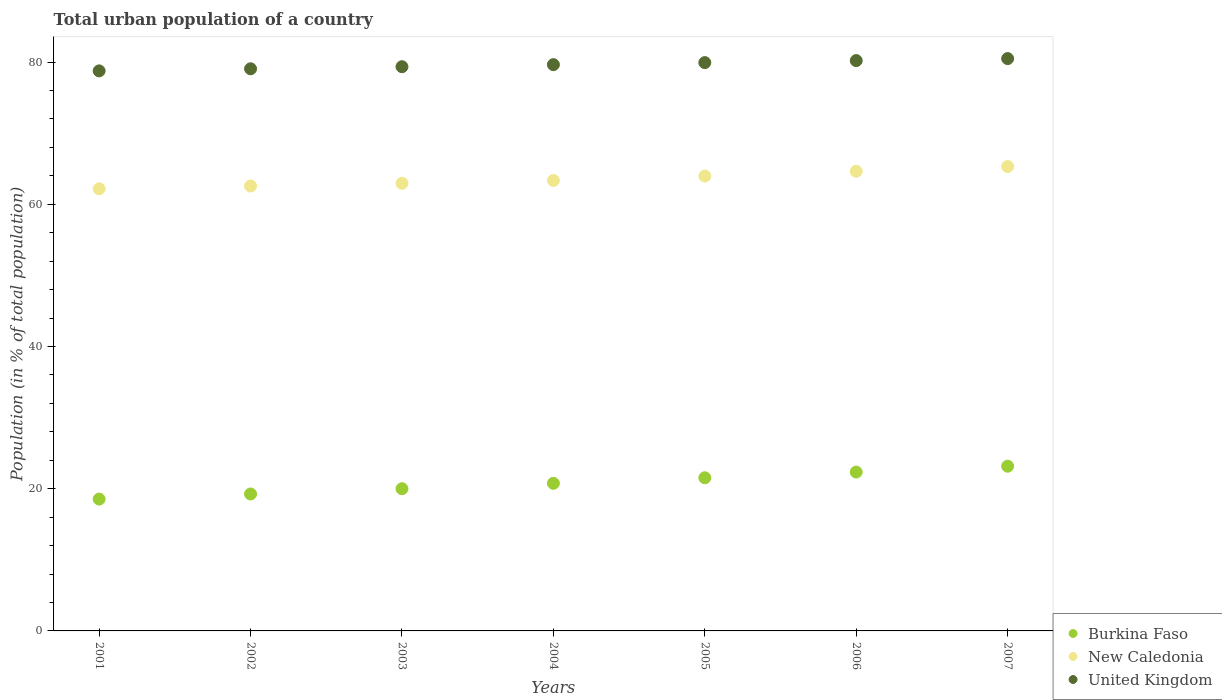
| Years | Burkina Faso | New Caledonia | United Kingdom |
 | --- | --- | --- | --- |
 | 2001 | 18.5 | 62.2 | 78.8 |
 | 2002 | 19.3 | 62.6 | 79 |
 | 2003 | 20 | 62.9 | 79.3 |
 | 2004 | 20.8 | 63.3 | 79.6 |
 | 2005 | 21.5 | 64 | 79.9 |
 | 2006 | 22.3 | 64.6 | 80.2 |
 | 2007 | 23.2 | 65.3 | 80.5 |